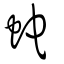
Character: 蛇